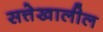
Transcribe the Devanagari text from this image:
सत्तेखालील